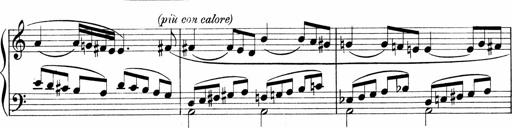
Title: Sonatina No.1
Composer: Otto Stoll
Key: C major